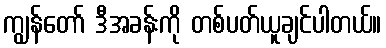
ကျွန်တော် ဒီအခန်းကို တစ်ပတ်ယူချင်ပါတယ်။